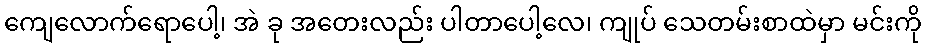
ကျေလောက်ရောပေါ့၊ အဲ ခု အတေးလည်း ပါတာပေါ့လေ၊ ကျုပ် သေတမ်းစာထဲမှာ မင်းကို